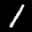
Label: 1